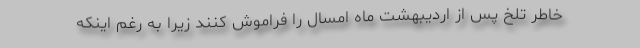
خاطر تلخ پس از اردیبهشت ماه امسال را فراموش کنند زیرا به رغم اینکه